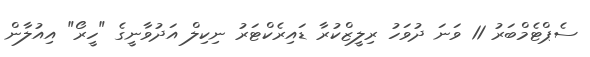
ސެޕްޓެމްބަރު 11 ވަނަ ދުވަހު ރިލީޒްކުރާ ޑައިރެކްޓަރު ނިކިލް އަދުވާނީގެ "ހީރޯ" އިއުލާން